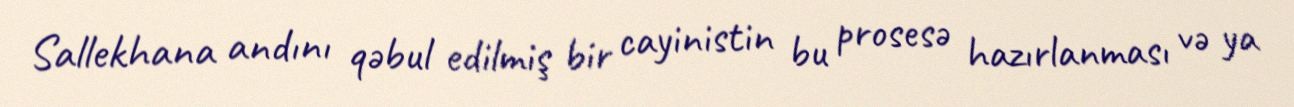
Sallekhana andını qəbul edilmiş bir cayinistin bu prosesə hazırlanması və ya